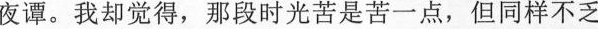
夜谭。我却觉得，那段时光苦是苦一点，但同样不乏